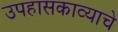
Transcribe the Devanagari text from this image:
उपहासकाव्याचे